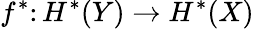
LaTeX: f^{*}\colon H^{*}(Y)\to H^{*}(X)